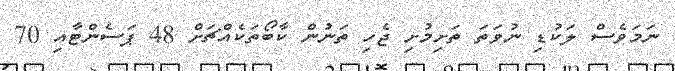
ނަމަވެސް ލަކުޑި ނުވަތަ ތަށިމުށި ޖެހި ތަނުން ކާބޯތަކެއްޗަށް 48 ޕަސެންޓާއި 70